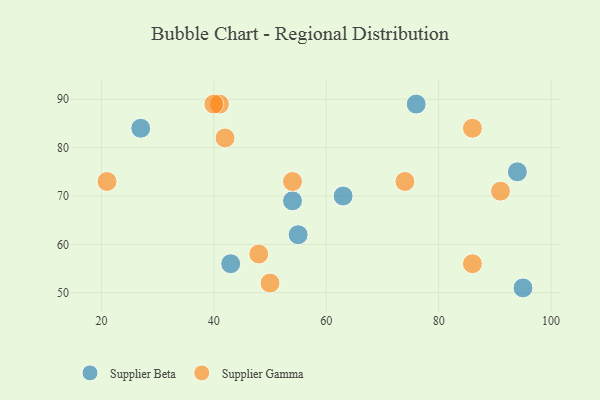
{"axis": {"x": "GDP", "y": "Life Expectancy"}, "legend": ["Supplier Beta", "Supplier Gamma"], "data": [{"x": "55", "y": 62, "type": "Supplier Beta"}, {"x": "76", "y": 89, "type": "Supplier Beta"}, {"x": "54", "y": 69, "type": "Supplier Beta"}, {"x": "94", "y": 75, "type": "Supplier Beta"}, {"x": "27", "y": 84, "type": "Supplier Beta"}, {"x": "63", "y": 70, "type": "Supplier Beta"}, {"x": "43", "y": 56, "type": "Supplier Beta"}, {"x": "95", "y": 51, "type": "Supplier Beta"}, {"x": "41", "y": 89, "type": "Supplier Gamma"}, {"x": "74", "y": 73, "type": "Supplier Gamma"}, {"x": "91", "y": 71, "type": "Supplier Gamma"}, {"x": "86", "y": 84, "type": "Supplier Gamma"}, {"x": "50", "y": 52, "type": "Supplier Gamma"}, {"x": "40", "y": 89, "type": "Supplier Gamma"}, {"x": "42", "y": 82, "type": "Supplier Gamma"}, {"x": "21", "y": 73, "type": "Supplier Gamma"}, {"x": "86", "y": 56, "type": "Supplier Gamma"}, {"x": "48", "y": 58, "type": "Supplier Gamma"}, {"x": "54", "y": 73, "type": "Supplier Gamma"}]}